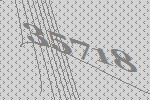
35718